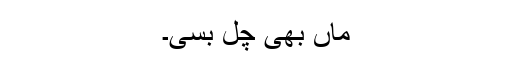
ماں بھی چل بسی۔